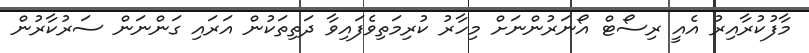
މާފުކުރާއިރު އެއީ ރިސޯޓް އޯނަރުންނަށް މިހާރު ކުރިމަތިވެފައިވާ ދަތިތަކުން އަރައި ގަންނަން ސަރުކާރުން